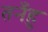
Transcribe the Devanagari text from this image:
तनँहु